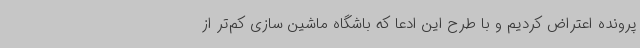
پرونده اعتراض کردیم و با طرح این ادعا که باشگاه ماشین سازی کم‌تر از